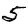
Digit: 5